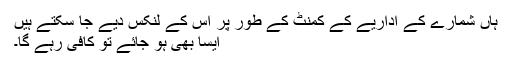
ہاں شمارے کے اداریے کے کمنٹ کے طور پر اس کے لنکس دیے جا سکتے ہیں
ایسا بھی ہو جائے تو کافی رہے گا۔